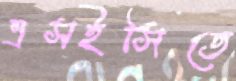
এসইসিতে